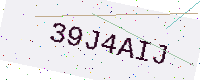
Text: 39J4AIJ